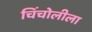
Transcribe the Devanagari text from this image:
चिंचोलीला